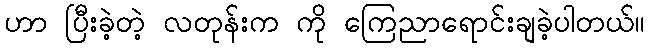
ဟာ ပြီးခဲ့တဲ့ လတုန်းက ကို ကြေညာရောင်းချခဲ့ပါတယ်။